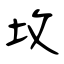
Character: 坆